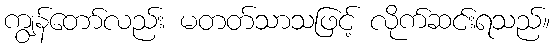
ကျွန်တော်လည်း မတတ်သာသဖြင့် လိုက်ဆင်းရသည်။